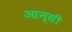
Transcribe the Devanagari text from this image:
आन्सी